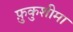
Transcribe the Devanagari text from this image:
फ़ुकुशीमा